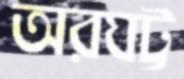
অরঘট্ট